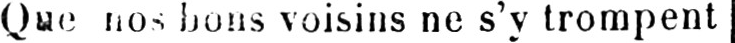
Que nos bons voisins ne s’y trompent